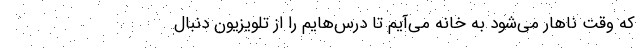
که وقت ناهار می‌شود به خانه می‌آیم تا درس‌هایم را از تلویزیون دنبال